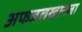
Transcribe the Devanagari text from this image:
अफजलखानला